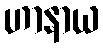
ဟာနာယ